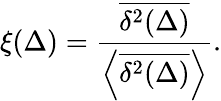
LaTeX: \xi(\Delta)=\frac{\overline{{\delta^{2}(\Delta)}}}{\left<\overline{{\delta^{2}(\Delta)}}\right>}.